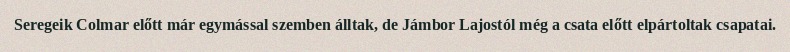
Seregeik Colmar előtt már egymással szemben álltak, de Jámbor Lajostól még a csata előtt elpártoltak csapatai.